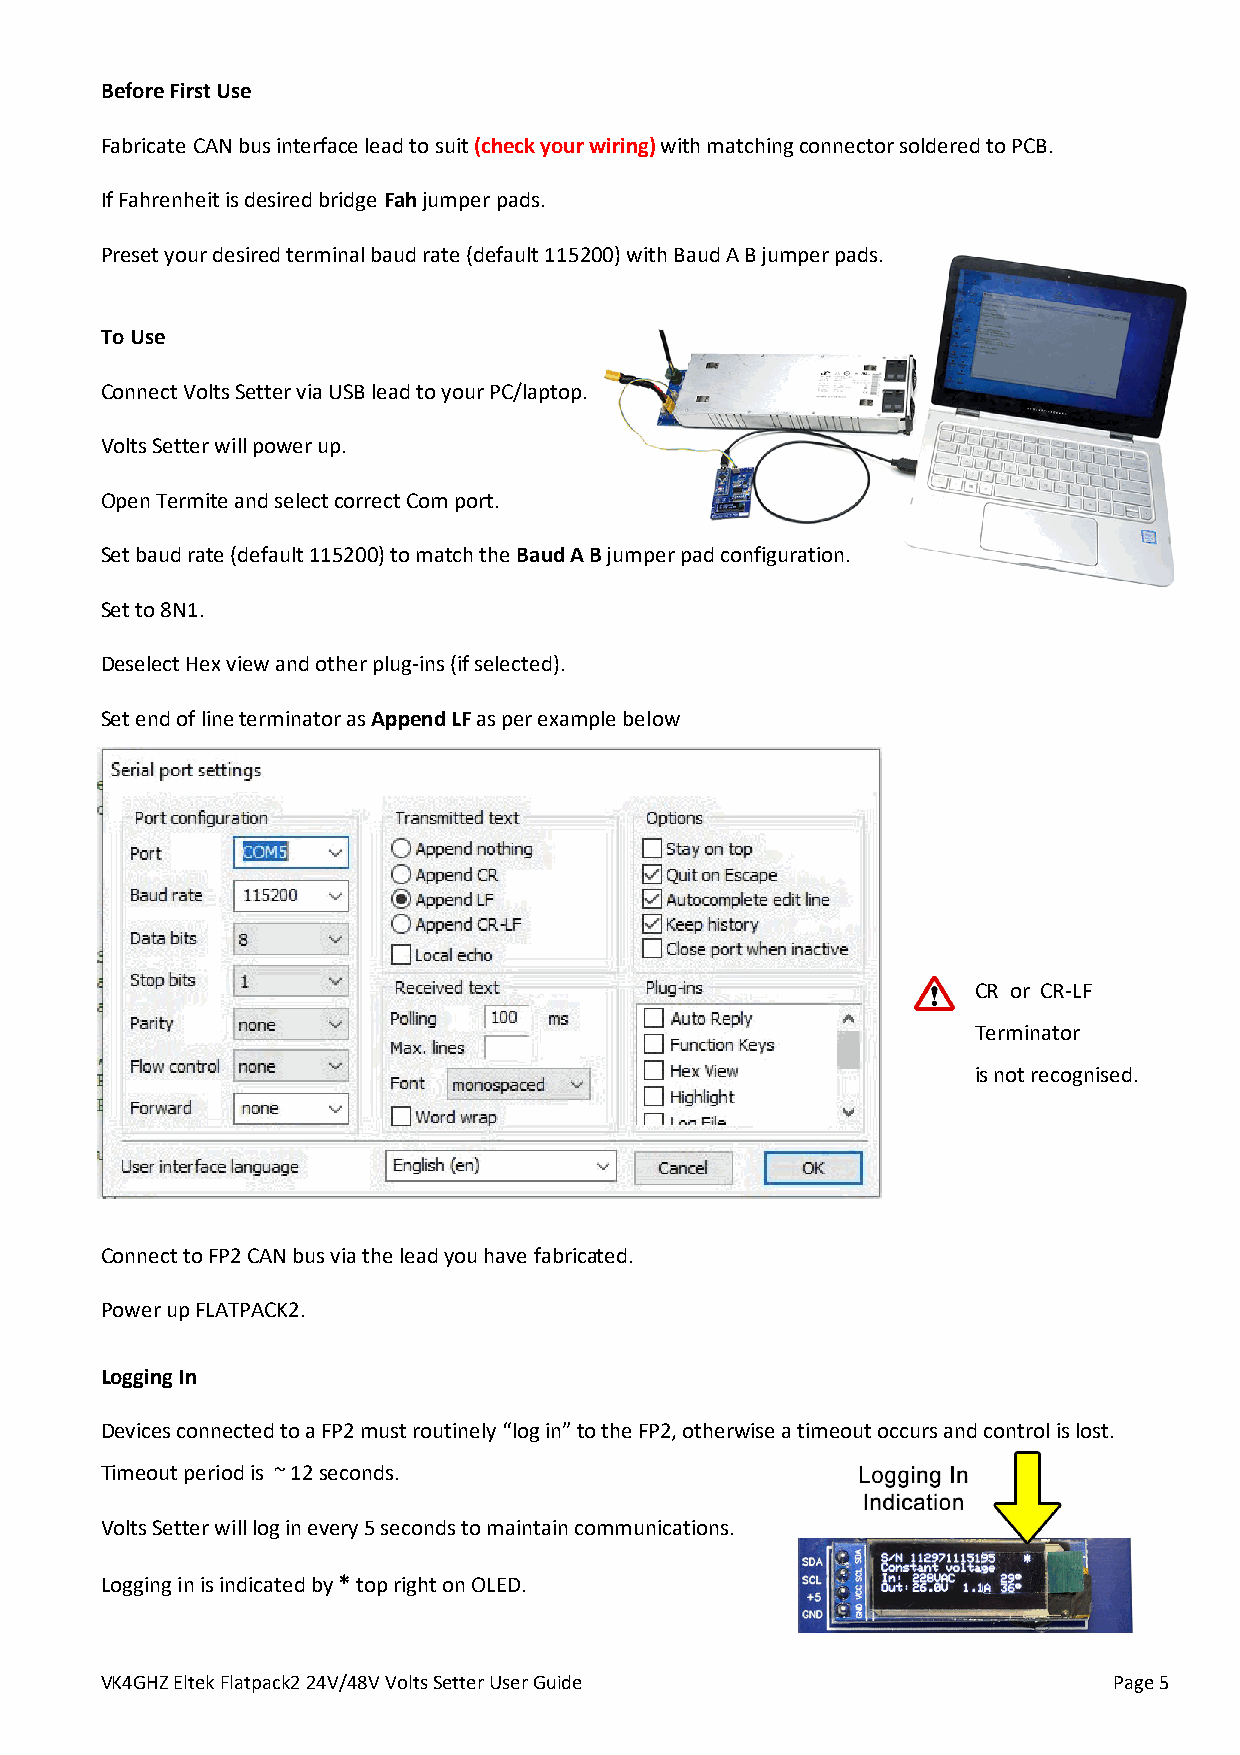
Before First Use
 Fabricate CAN bus interface lead to suit (check your wiring) with matching connector soldered to PCB.
 If Fahrenheit is desired bridge Fah jumper pads.
 Preset your desired terminal baud rate (default 115200) with Baud A B jumper pads.
 To Use
 Connect Volts Setter via USB lead to your PC/laptop.
 Volts Setter will power up.
 Open Termite and select correct Com port.
 Set baud rate (default 115200) to match the Baud A B jumper pad configuration.
 Set to 8N1.
 Deselect Hex view and other plug-ins (if selected).
 Set end of line terminator as Append LF as per example below
 CR or CR-LF
 Terminator
 is not recognised.
 Connect to FP2 CAN bus via the lead you have fabricated.
 Power up FLATPACK2.
 Logging In
 Devices connected to a FP2 must routinely “log in” to the FP2, otherwise a timeout occurs and control is lost.
 Timeout period is ~ 12 seconds.
 Volts Setter will log in every 5 seconds to maintain communications.
 Logging in is indicated by * top right on OLED.
 VK4GHZ Eltek Flatpack2 24V/48V Volts Setter User Guide             Page 5